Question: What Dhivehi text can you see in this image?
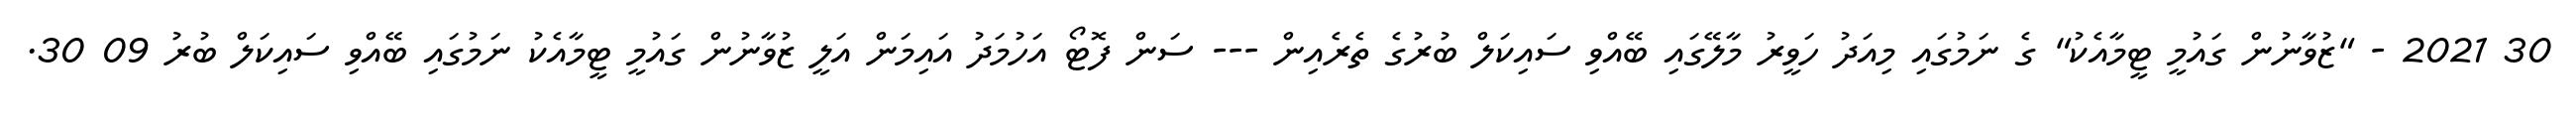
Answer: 30 2021 - "ޒުވާނުން ގައުމީ ޓީމާއެކު" ގެ ނަމުގައި މިއަދު ހަވީރު މާލޭގައި ބޭއްވި ސައިކަލް ބުރުގެ ތެރެއިން --- ސަން ފޮޓޯ އަހުމަދު އައިމަން އަލީ ޒުވާނުން ގައުމީ ޓީމާއެކު ނަމުގައި ބޭއްވި ސައިކަލް ބުރު 09 30.